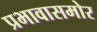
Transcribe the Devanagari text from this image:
प्रभावासमोर